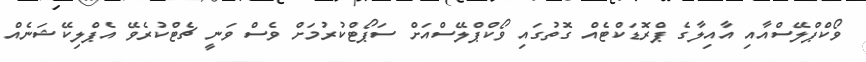
ވޯކްޕްލޭސްއާއި އާއިލާގެ ޕްރޮޑަކްޓެއް ގޮތުގައި ވޯކްޕްލޭސްއަށް ސަޕޯޓްކުރުމަށް ވެސް ވަނީ ޗެޓްކުރެވޭ އެޕްލިކޭޝަނެއް